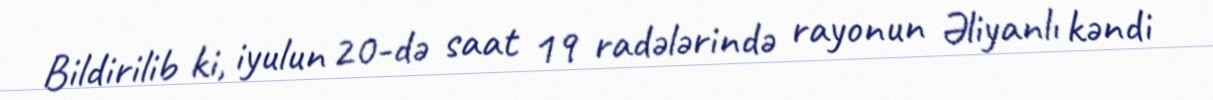
Bildirilib ki, iyulun 20-də saat 19 radələrində rayonun Əliyanlı kəndi